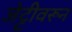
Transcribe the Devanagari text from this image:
जेट्टीवरून